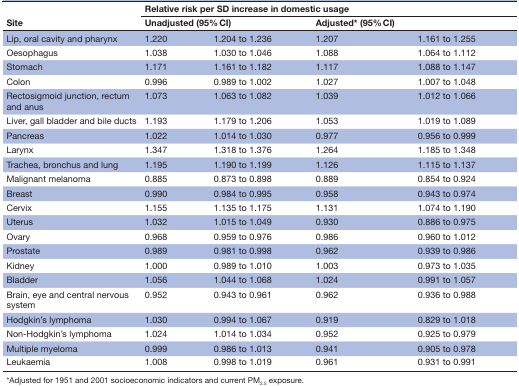
<table><thead><tr><td rowspan="2"><b>Site</b></td><td colspan="4"><b>Relative risk per SD increase in domestic usage</b></td></tr><tr><td colspan="2"><b>Unadjusted (95% CI)</b></td><td colspan="2"><b>Adjusted* (95% CI)</b></td></tr></thead><tbody><tr><td>Lip, oral cavity and pharynx</td><td>1.220</td><td>1.204 to 1.236</td><td>1.207</td><td>1.161 to 1.255</td></tr><tr><td>Oesophagus</td><td>1.038</td><td>1.030 to 1.046</td><td>1.088</td><td>1.064 to 1.112</td></tr><tr><td>Stomach</td><td>1.171</td><td>1.161 to 1.182</td><td>1.117</td><td>1.088 to 1.147</td></tr><tr><td>Colon</td><td>0.996</td><td>0.989 to 1.002</td><td>1.027</td><td>1.007 to 1.048</td></tr><tr><td>Rectosigmoid junction, rectum and anus</td><td>1.073</td><td>1.063 to 1.082</td><td>1.039</td><td>1.012 to 1.066</td></tr><tr><td>Liver, gall bladder and bile ducts</td><td>1.193</td><td>1.179 to 1.206</td><td>1.053</td><td>1.019 to 1.089</td></tr><tr><td>Pancreas</td><td>1.022</td><td>1.014 to 1.030</td><td>0.977</td><td>0.956 to 0.999</td></tr><tr><td>Larynx</td><td>1.347</td><td>1.318 to 1.376</td><td>1.264</td><td>1.185 to 1.348</td></tr><tr><td>Trachea, bronchus and lung</td><td>1.195</td><td>1.190 to 1.199</td><td>1.126</td><td>1.115 to 1.137</td></tr><tr><td>Malignant melanoma</td><td>0.885</td><td>0.873 to 0.898</td><td>0.889</td><td>0.854 to 0.924</td></tr><tr><td>Breast</td><td>0.990</td><td>0.984 to 0.995</td><td>0.958</td><td>0.943 to 0.974</td></tr><tr><td>Cervix</td><td>1.155</td><td>1.135 to 1.175</td><td>1.131</td><td>1.074 to 1.190</td></tr><tr><td>Uterus</td><td>1.032</td><td>1.015 to 1.049</td><td>0.930</td><td>0.886 to 0.975</td></tr><tr><td>Ovary</td><td>0.968</td><td>0.959 to 0.976</td><td>0.986</td><td>0.960 to 1.012</td></tr><tr><td>Prostate</td><td>0.989</td><td>0.981 to 0.998</td><td>0.962</td><td>0.939 to 0.986</td></tr><tr><td>Kidney</td><td>1.000</td><td>0.989 to 1.010</td><td>1.003</td><td>0.973 to 1.035</td></tr><tr><td>Bladder</td><td>1.056</td><td>1.044 to 1.068</td><td>1.024</td><td>0.991 to 1.057</td></tr><tr><td>Brain, eye and central nervous system</td><td>0.952</td><td>0.943 to 0.961</td><td>0.962</td><td>0.936 to 0.988</td></tr><tr><td>Hodgkin’s lymphoma</td><td>1.030</td><td>0.994 to 1.067</td><td>0.919</td><td>0.829 to 1.018</td></tr><tr><td>Non-Hodgkin’s lymphoma</td><td>1.024</td><td>1.014 to 1.034</td><td>0.952</td><td>0.925 to 0.979</td></tr><tr><td>Multiple myeloma</td><td>0.999</td><td>0.986 to 1.013</td><td>0.941</td><td>0.905 to 0.978</td></tr><tr><td>Leukaemia</td><td>1.008</td><td>0.998 to 1.019</td><td>0.961</td><td>0.931 to 0.991</td></tr></tbody></table>